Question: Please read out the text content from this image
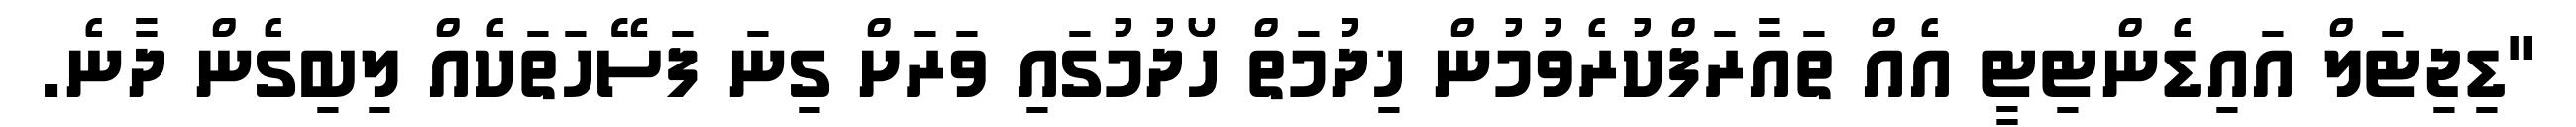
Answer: "ޑިޖިޓަލް އައިޑެންޓިޓީ އެއް ތައާރަފްކުރެވުމުން ޚިދުމަތް ހޯދުމުގައި ވަރަށް ގިނަ ފަސޭހަތަކެއް ލިބިގެން ދާނެ.